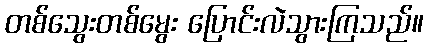
တစ်သွေးတစ်မွေး ပြောင်းလဲသွားကြသည်။